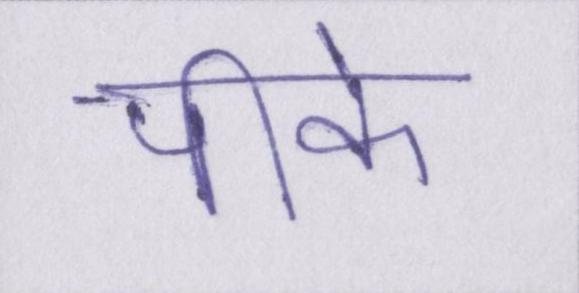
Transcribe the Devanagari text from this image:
पीके